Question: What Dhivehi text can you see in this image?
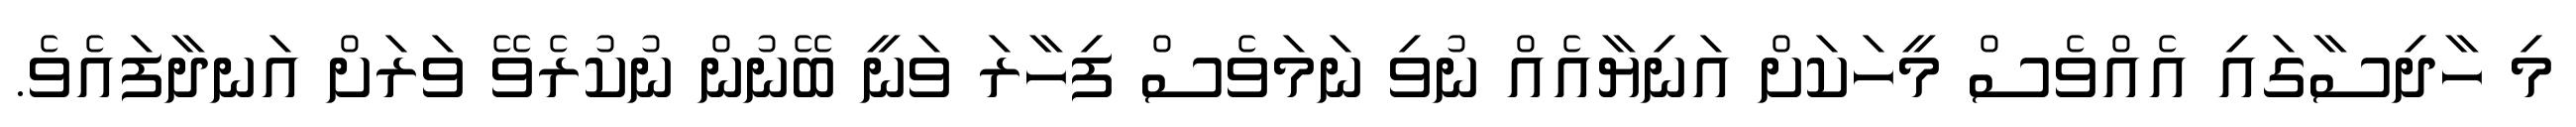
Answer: މި ހާދިސާގައި އެއްވެސް މީހަކަށް އަނިޔާއެއް ނުވި ނަމަވެސް ފިހާރަ ވަނީ ބޭނުން ނުކުރެވޭ ވަރަށް އަނދާފައެވެ.